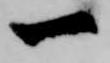
一